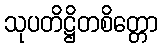
သုပတိဋ္ဌိတစိတ္တော